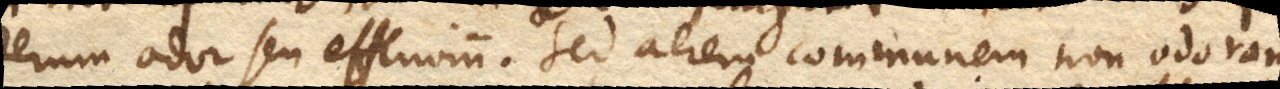
rerum odor seu effluvium. Sed aerem communem non odoramus